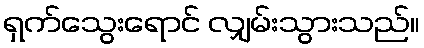
ရှက်သွေးရောင် လျှမ်းသွားသည်။